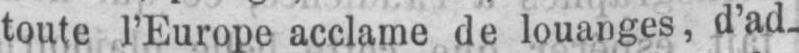
toute l’Europe acclame de louanges, d’ad-